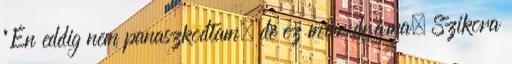
"Én eddig nem panaszkodtam, de ez már dráma. Szikora